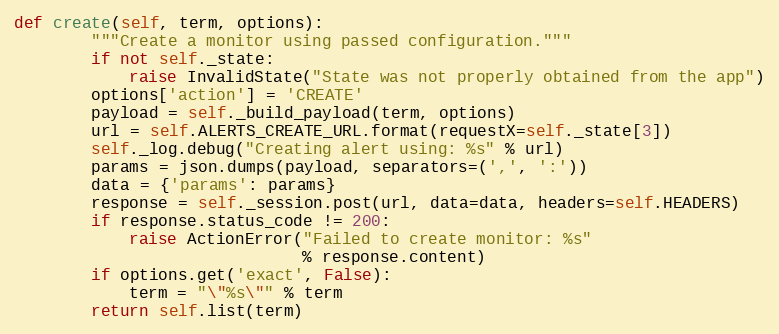
Language: Python
def create(self, term, options):
        """Create a monitor using passed configuration."""
        if not self._state:
            raise InvalidState("State was not properly obtained from the app")
        options['action'] = 'CREATE'
        payload = self._build_payload(term, options)
        url = self.ALERTS_CREATE_URL.format(requestX=self._state[3])
        self._log.debug("Creating alert using: %s" % url)
        params = json.dumps(payload, separators=(',', ':'))
        data = {'params': params}
        response = self._session.post(url, data=data, headers=self.HEADERS)
        if response.status_code != 200:
            raise ActionError("Failed to create monitor: %s"
                              % response.content)
        if options.get('exact', False):
            term = "\"%s\"" % term
        return self.list(term)